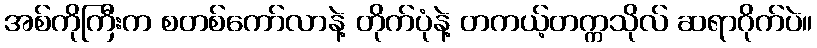
အစ်ကိုကြီးက စတစ်ကော်လာနဲ့ တိုက်ပုံနဲ့ တကယ့်တက္ကသိုလ် ဆရာဂိုက်ပဲ။